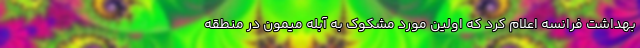
بهداشت فرانسه اعلام کرد که اولین مورد مشکوک به آبله میمون در منطقه